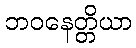
ဘဝနေတ္တိယာ